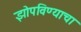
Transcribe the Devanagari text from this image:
झोपविण्याचा